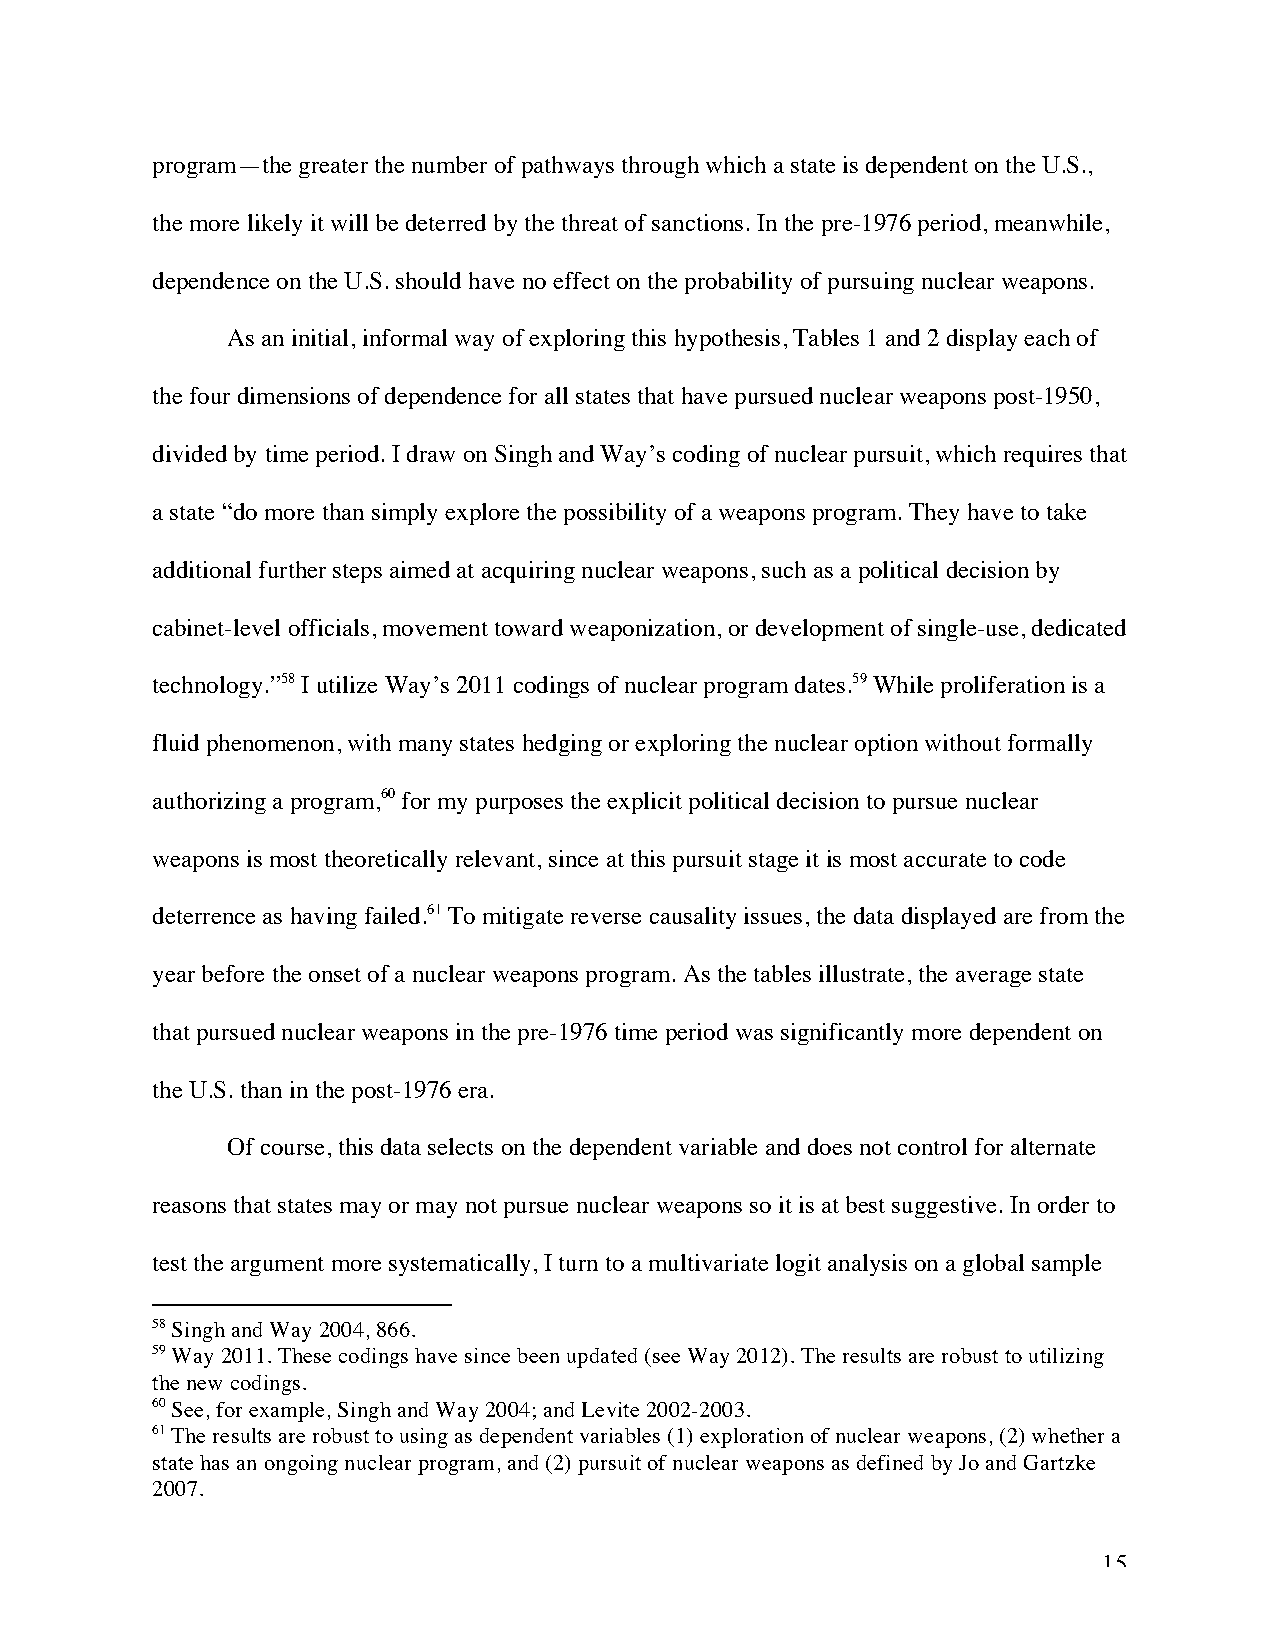
program—the greater the number of pathways through which a state is dependent on the U.S.,
 the more likely it will be deterred by the threat of sanctions. In the pre-1976 period, meanwhile,
 dependence on the U.S. should have no effect on the probability of pursuing nuclear weapons.
 As an initial, informal way of exploring this hypothesis, Tables 1 and 2 display each of
 the four dimensions of dependence for all states that have pursued nuclear weapons post-1950,
 divided by time period. I draw on Singh and Way’s coding of nuclear pursuit, which requires that
 a state “do more than simply explore the possibility of a weapons program. They have to take
 additional further steps aimed at acquiring nuclear weapons, such as a political decision by
 cabinet-level officials, movement toward weaponization, or development of single-use, dedicated
 technology.”58 I utilize Way’s 2011 codings of nuclear program dates.59 While proliferation is a
 fluid phenomenon, with many states hedging or exploring the nuclear option without formally
 authorizing a program,60 for my purposes the explicit political decision to pursue nuclear
 weapons is most theoretically relevant, since at this pursuit stage it is most accurate to code
 deterrence as having failed.61 To mitigate reverse causality issues, the data displayed are from the
 year before the onset of a nuclear weapons program. As the tables illustrate, the average state
 that pursued nuclear weapons in the pre-1976 time period was significantly more dependent on
 the U.S. than in the post-1976 era.
 Of course, this data selects on the dependent variable and does not control for alternate
 reasons that states may or may not pursue nuclear weapons so it is at best suggestive. In order to
 test the argument more systematically, I turn to a multivariate logit analysis on a global sample
 58 Singh and Way 2004, 866.
 59 Way 2011. These codings have since been updated (see Way 2012). The results are robust to utilizing
 the new codings.
 60 See, for example, Singh and Way 2004; and Levite 2002-2003.
 61 The results are robust to using as dependent variables (1) exploration of nuclear weapons, (2) whether a
 state has an ongoing nuclear program, and (2) pursuit of nuclear weapons as defined by Jo and Gartzke
 2007.
 15